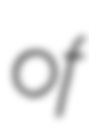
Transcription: of